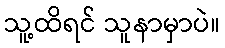
သူ့ထိရင် သူနာမှာပဲ။